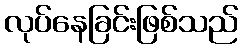
လုပ်နေခြင်းဖြစ်သည်